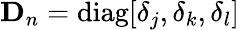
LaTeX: \mathbf{D}_{n}=\mathrm{diag}[\delta_{j},\delta_{k},\delta_{l}]